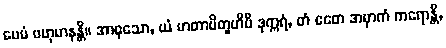
ပေမံ ဗဟုမာနန္တိ။ အာဝုသော, ယံ မာတာပိတူဟိပိ ဒုက္ကရံ, တံ ဧတေ အမှာကံ ကရောန္တိ,